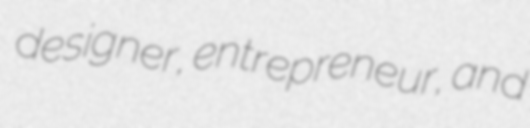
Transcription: designer, entrepreneur, and